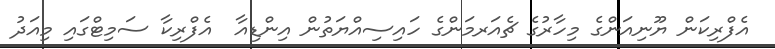
އެފްރިކަން ޔޫނިއަންގެ މިހާރުގެ ޗެއަރމަންގެ ހައިސިއްޔަތުން އިންޑިއާ  އެފްރިކާ ސަމިޓްގައި މިއަދު